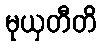
မုယှတီတိ